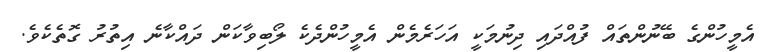
އެމީހުންގެ ބޭނުންތައް ފުއްދައި ދިނުމަކީ އަހަރެމެން އެމީހުންދެކެ ލޯބިވާކަން ދައްކާނެ އިތުރު ގޮތެކެވެ.